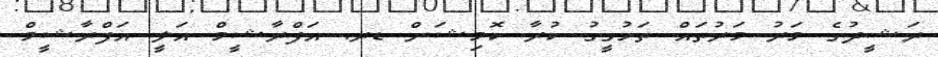
ރަޝީދުގެ މަރު މަރުތައް ތަހުގީގު ކުރާ ކޮމިޝަން ޑރ. އަފްރާޝީމް އަލީ އަފްރާޝީމް